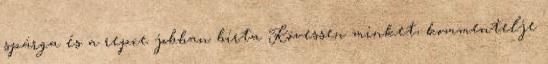
spárga és a repce jobban bírta Kövessen minket, kommentelje